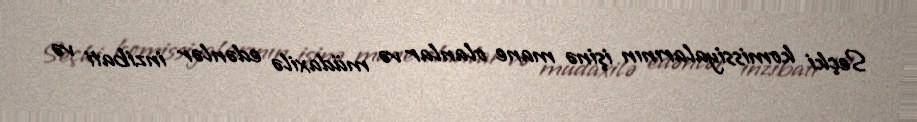
Seçki komissiyalarının işinə mane olanlar və müdaxilə edənlər inzibati və